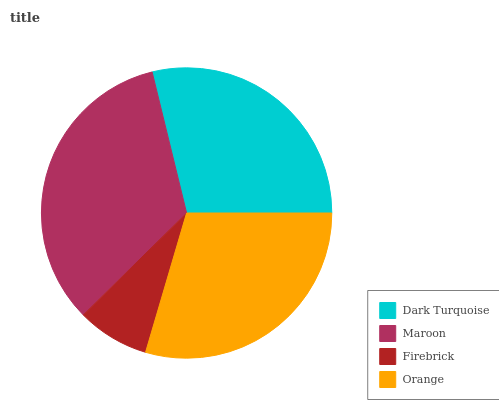
| Dark Turquoise | Maroon | Firebrick | Orange |
 | --- | --- | --- | --- |
 | 28.8% | 33.6% | 8.05% | 29.6% |